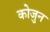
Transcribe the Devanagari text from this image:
कोजुन